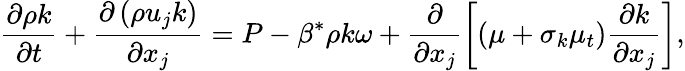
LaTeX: \frac{{\partial\rho k}}{{\partial t}}+\frac{{\partial\left({\rho{u_{j}}k}\right)}}{{\partial{x_{j}}}}=P-\beta^{*}\rho k\omega+\frac{\partial}{{\partial{x_{j}}}}\left[{\left({\mu+{\sigma_{k}}{\mu_{t}}}\right)\frac{{\partial k}}{{\partial{x_{j}}}}}\right],